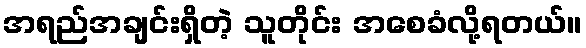
အရည်အချင်းရှိတဲ့ သူတိုင်း အစေခံလို့ရတယ်။